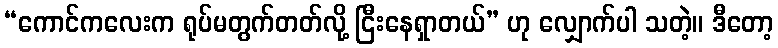
“ကောင်ကလေးက ရုပ်မတွက်တတ်လို့ ငြီးနေရှာတယ်” ဟု လျှောက်ပါ သတဲ့။ ဒီတော့